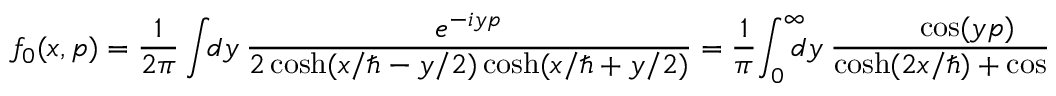
f _ { 0 } ( x , p ) = { \frac { 1 } { 2 \pi } } \int \! \! d y ~ { \frac { e ^ { - i y p } } { 2 \cosh ( x / \hbar - y / 2 ) \cosh ( x / \hbar + y / 2 ) } } = { \frac { 1 } { \pi } } \! \int _ { 0 } ^ { \infty } \! \! \! \! d y ~ { \frac { \cos ( y p ) } { \cosh ( 2 x / \hbar ) + \cosh ( y ) } }